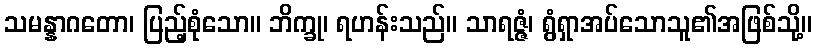
သမန္နာဂတော၊ ပြည့်စုံသော။ ဘိက္ခု၊ ရဟန်းသည်။ သာရဇ္ဇံ၊ ရွံရှာအပ်သောသူ၏အဖြစ်သို့။